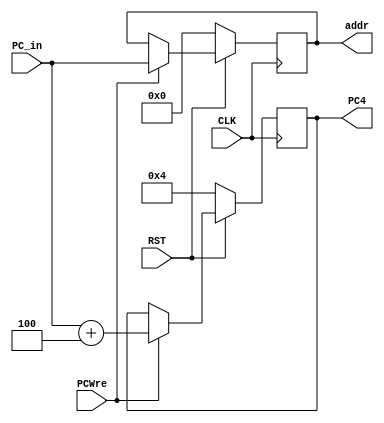
`timescale 1ns / 1ps
//////////////////////////////////////////////////////////////////////////////////
// Company: 
// Engineer: 
// 
// Design Name: 
// Module Name: PC
// Project Name: 
// Target Devices: 
// Tool Versions: 
// Description: 
// 
// Dependencies: 
// 
// Revision:
// Revision 0.01 - File Created
// Additional Comments:
// 
//////////////////////////////////////////////////////////////////////////////////


module PC(
    input CLK,
    input RST,
    input PCWre,
    input [31:0] PC_in,
    output reg [31:0] addr,
    output reg [31:0] PC4
);
    
    initial begin
        addr = 0;
        PC4 = 0;
    end
    
    always @(posedge CLK) begin
        if(RST == 0) begin
            addr = 0;
            PC4 = 4;
        end else if(PCWre == 1) begin
            addr = PC_in;
            PC4 = PC_in + 4;
        end
    end
endmodule